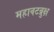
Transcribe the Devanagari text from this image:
महावटव्रुक्ष